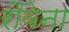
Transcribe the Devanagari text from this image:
रौवेना